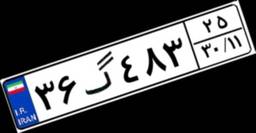
۳۶گ۴۸۳۲۵